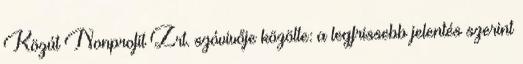
Közút Nonprofit Zrt. szóvivője közölte: a legfrissebb jelentés szerint